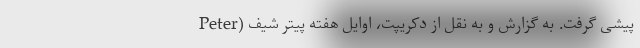
پیشی گرفت. به گزارش و به نقل از دکریپت، اوایل هفته پیتر شیف (Peter